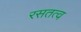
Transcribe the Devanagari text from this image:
रसतत्व